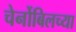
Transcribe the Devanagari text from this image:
चेर्नोबिलच्या